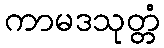
ကာမဒသုတ္တံ